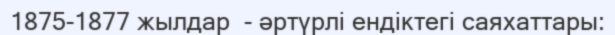
1875-1877 жылдар  - әртүрлі ендіктегі саяхаттары: